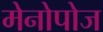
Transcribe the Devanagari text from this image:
मेनोपोज